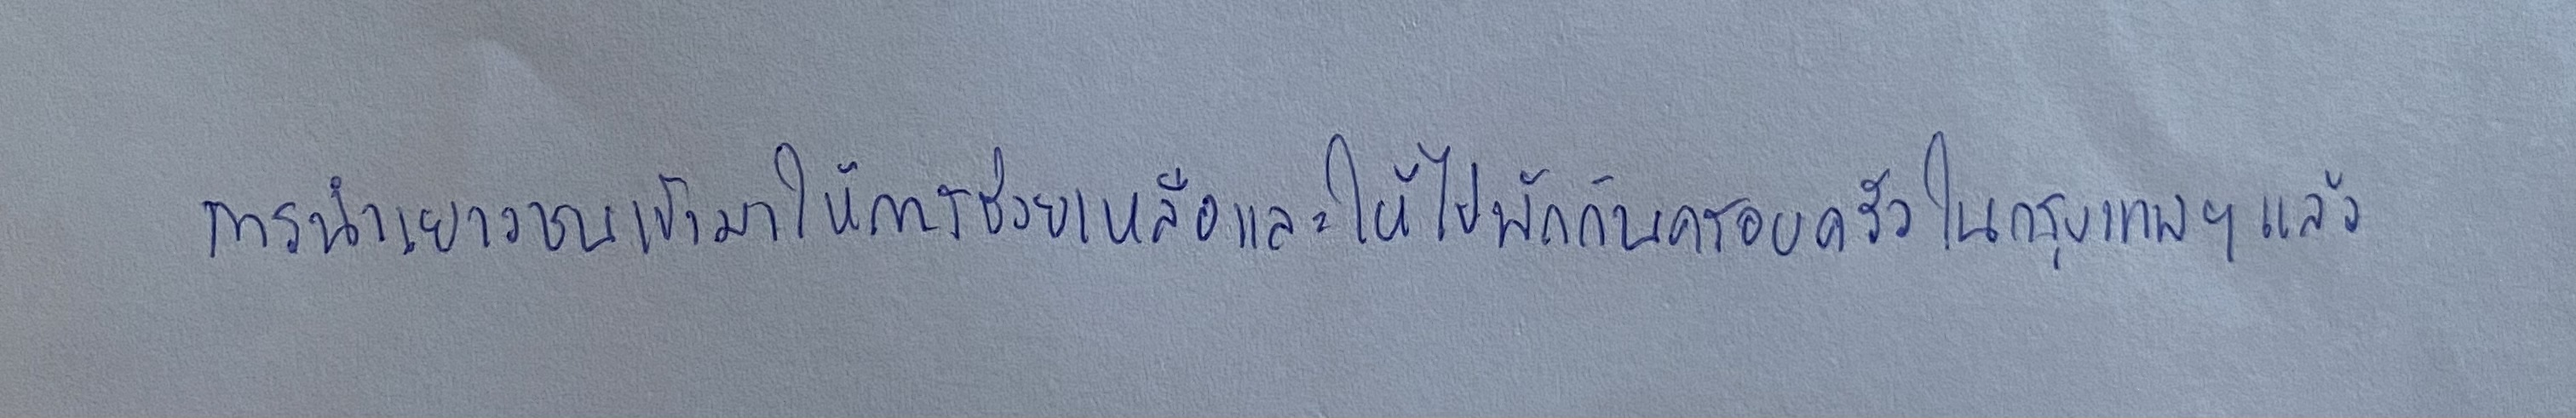
การนำเยาวชนเข้ามาให้การช่วยเหลือและให้ไปพักกับครอบครัวในกรุงเทพฯแล้ว